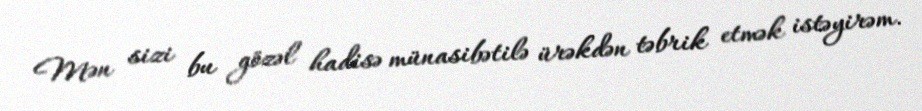
Mən sizi bu gözəl hadisə münasibətilə ürəkdən təbrik etmək istəyirəm.